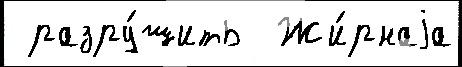
 разру́шить  Жи́рнаjа